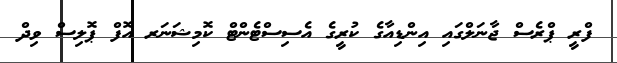
ފްރީ ޕްރެސް ޖާނަލްގައި އިންޑިއާގެ ކުރީގެ އެސިސްޓެންޓް ކޮމިޝަނަރ އޮފް ޕޮލިސް ވިދް